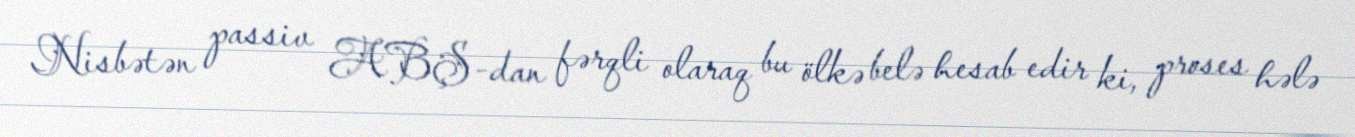
Nisbətən passiv ABŞ-dan fərqli olaraq bu ölkə belə hesab edir ki, proses hələ